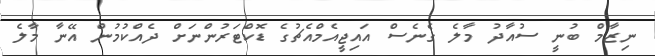
ނިޒާމް ބުނީ ސުއާދު މާލެ ގެނެސް އައިޖީއެމްއެޗުގެ ޑޮކްޓަރުންނަށް ދެއްކުމުން އޭނާ މާލެ